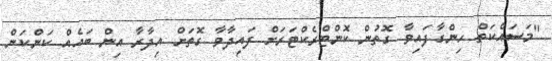
"މަސައްކަތް ހިންގާފައިވާ ގޮތުން ކޮންޓްރެކްޓަރަށް ފައިދާވާ ގޮތަށް އިދާރާ އިން ބައެއް ކަންކަން